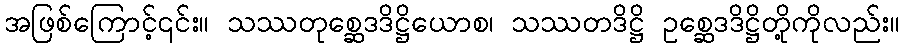
အဖြစ်ကြောင့်၎င်း။ သဿတုစ္ဆေဒဒိဋ္ဌိယောစ၊ သဿတဒိဋ္ဌိ ဥစ္ဆေဒဒိဋ္ဌိတို့ကိုလည်း။